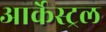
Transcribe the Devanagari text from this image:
आर्केस्ट्रल